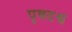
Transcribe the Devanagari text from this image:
पृषदश्व